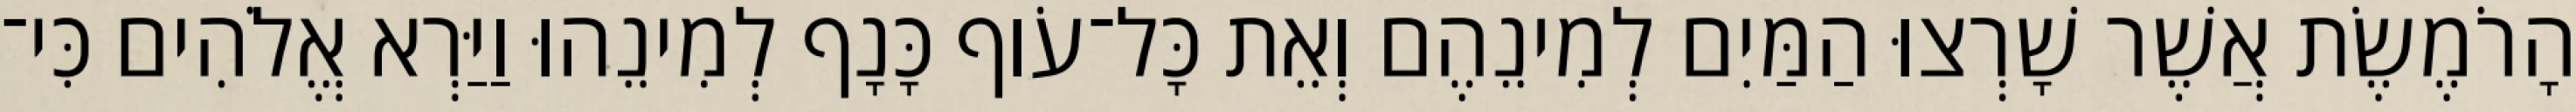
הָרֹמֶשֶׂת אֲשֶׁר שָׁרְצוּ הַמַּיִם לְמִינֵהֶם וְאֵת כָּל־עֹוף כָּנָף לְמִינֵהוּ וַיַּרְא אֱלֹהִים כִּי־